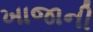
ખાજાની